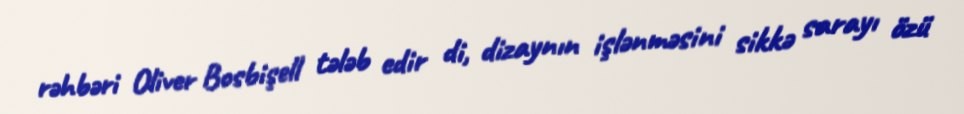
rəhbəri Oliver Bosbişell tələb edir di, dizaynın işlənməsini sikkə sarayı özü